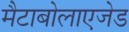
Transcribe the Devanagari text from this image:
मैटाबोलाएजेड